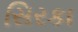
સિરકા